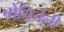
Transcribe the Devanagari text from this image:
बोतिचेली